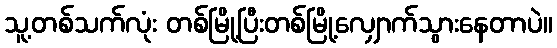
သူ့တစ်သက်လုံး တစ်မြို့ပြီးတစ်မြို့လျှောက်သွားနေတာပဲ။